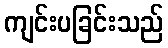
ကျင်းပခြင်းသည်